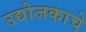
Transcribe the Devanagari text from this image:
उद्योजकाचे